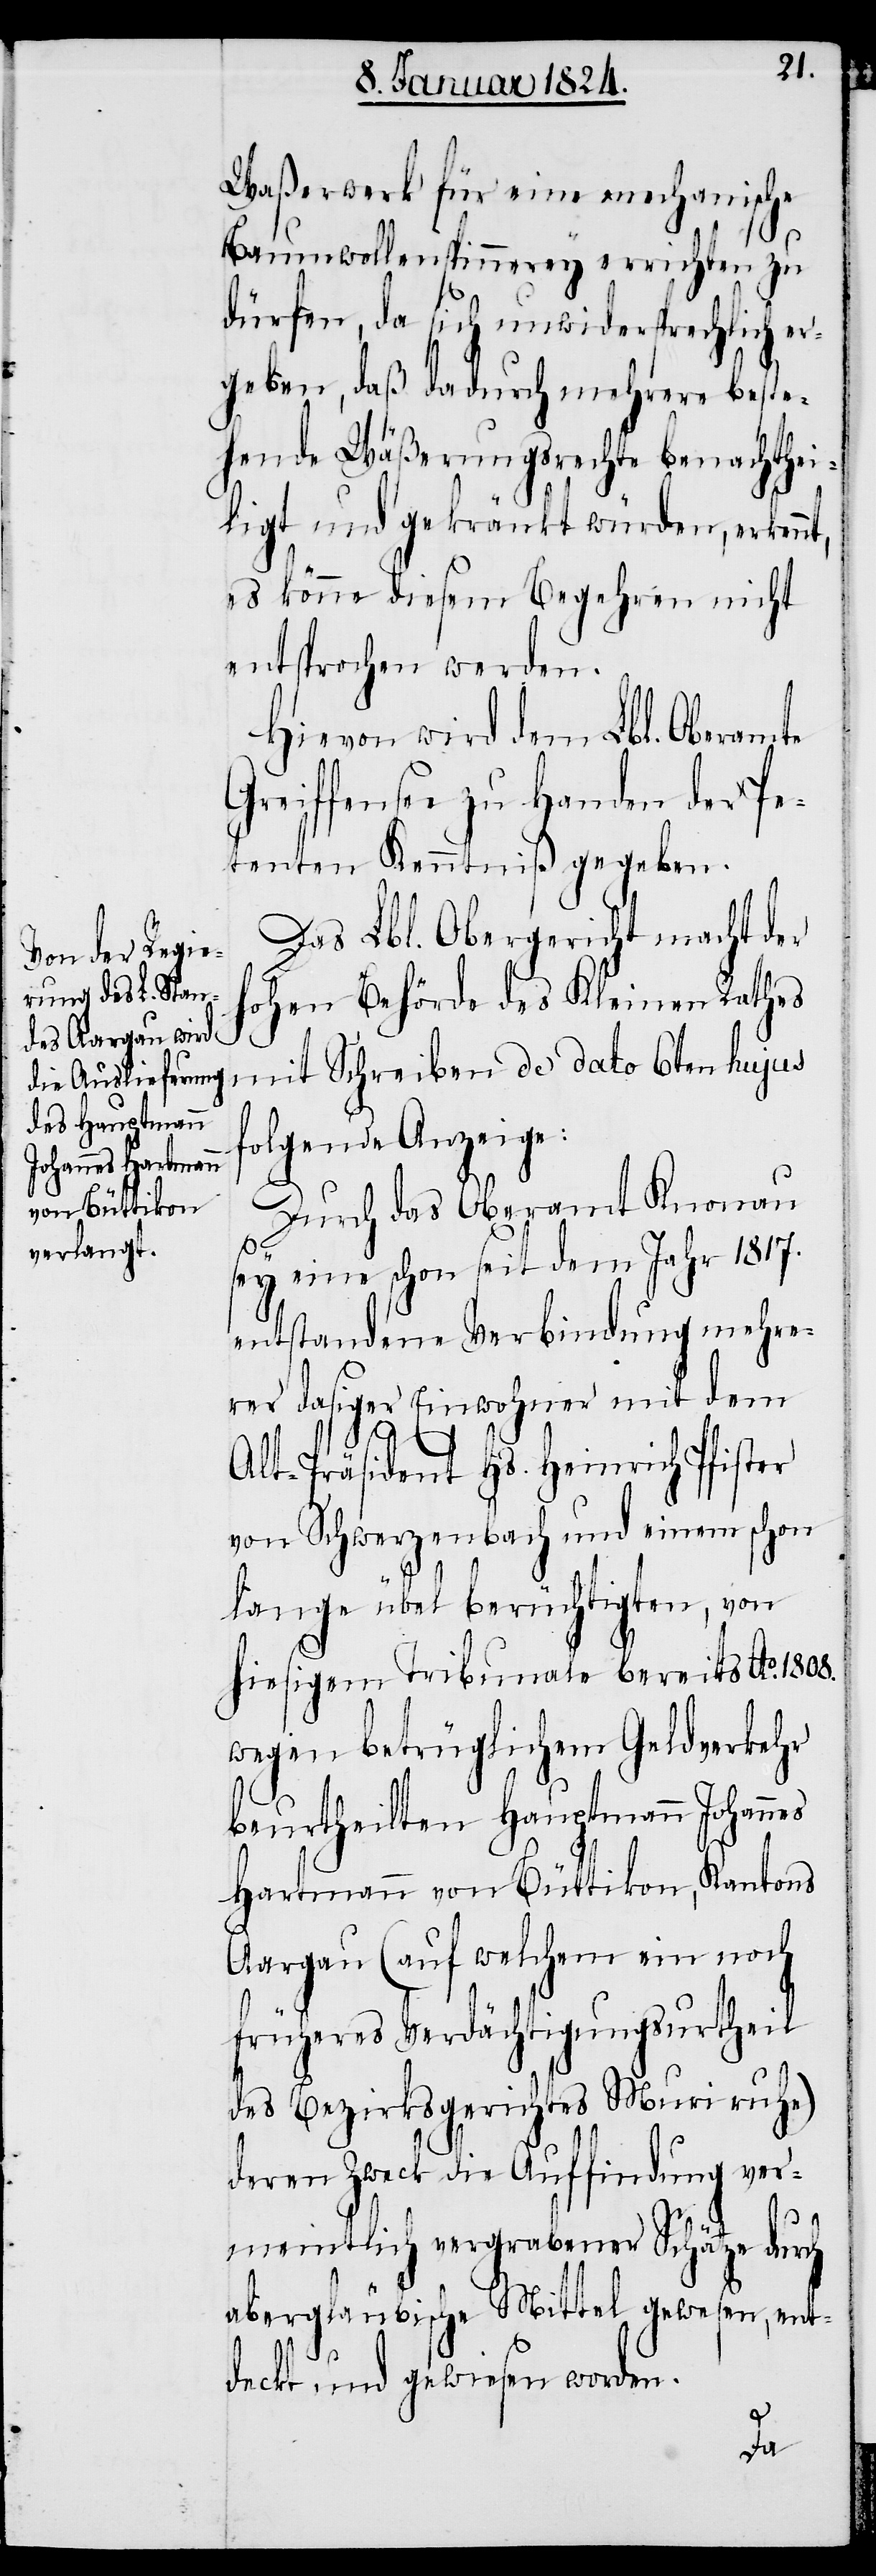
Waßerwerk für eine mechanische
Baumwollenspinnerey errichten zu
dürfen, da sich dadurch mehrere
ehende Wäßerungsrechte benachthei¬
ligt und gekränkt würden, erkennt,
es könne diesem Begehren nicht
entsprochen werden.
Hievon wird dem Lbl. Oberamte
Greiffensee zu Handen der Pe¬
tenten Kenntniß gegeben.
Das Lbl. Obergericht macht der
hohen Behörde des Kleinen Rathes
mit Schreiben de dato 6ten hujus
folgende Anzeige:
Durch das Oberamt Knonau
sey eine schon seit dem Jahr 1817.
entstandene Verbindung mehre¬
rer dasiger Einwohner mit dem
best¬
Alt-Präsident Hs. Heinrich Pfister
von Schwerzenbach und einem schon
lange übel berüchtigten, von
hiesigem Tribunale bereits Ao. 1808.
wegen betrüglichem Geldverkehr
beurtheilten Hauptmann Johan¬
Hartmann von Brüttikon, Kantons
Aargau (auf welchem ein noch
früheres Verdächtigungsurtheil
des Bezirksgerichtes Muri ruhe)
deren Zweck die Auffindung ver¬
meintlich vergrabener Schätze durch
abergläubische Mittel gewesen, ent¬
deckt und gewiesen worden.
nes